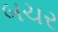
બચર